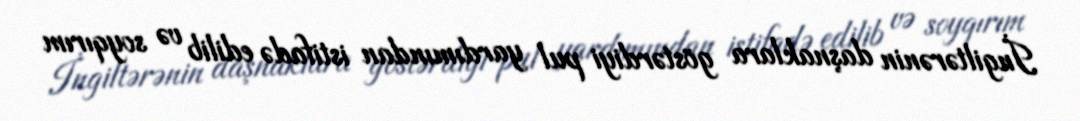
İngiltərənin daşnaklara göstərdiyi pul yardımından istifadə edilib və soyqırım